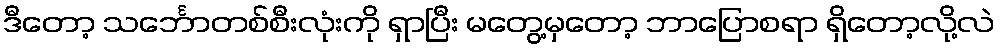
ဒီတော့ သင်္ဘောတစ်စီးလုံးကို ရှာပြီး မတွေ့မှတော့ ဘာပြောစရာ ရှိတော့လို့လဲ